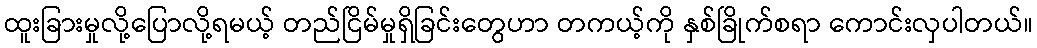
ထူးခြားမှုလို့ပြောလို့ရမယ့် တည်ငြိမ်မှုရှိခြင်းတွေဟာ တကယ့်ကို နှစ်ခြိုက်စရာ ကောင်းလှပါတယ်။